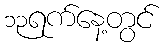
၁၃ရက်နေ့တွင်